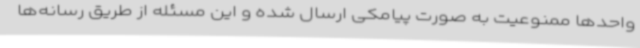
واحدها ممنوعیت به صورت پیامکی ارسال شده و این مسئله از طریق رسانه‌ها